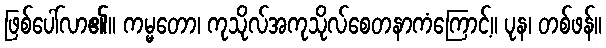
ဖြစ်ပေါ်လာ၏။ ကမ္မတော၊ ကုသိုလ်အကုသိုလ်စေတနာကံကြောင့်။ ပုန၊ တစ်ဖန်။